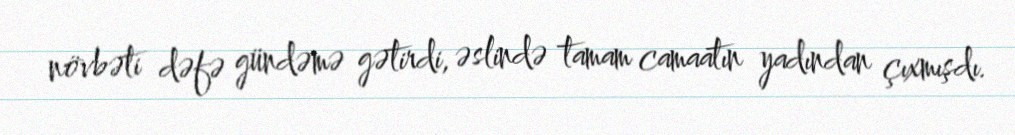
növbəti dəfə gündəmə gətirdi, əslində tamam camaatın yadından çıxmışdı.